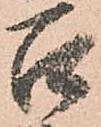
召